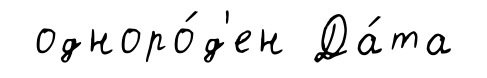
одноро́д'ен Да́та